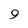
Character: 9